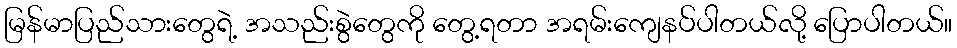
မြန်မာပြည်သားတွေရဲ့ အသည်းစွဲတွေကို တွေ့ရတာ အရမ်းကျေနပ်ပါတယ်လို့ ပြောပါတယ်။